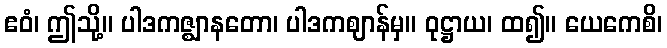
ဧဝံ၊ ဤသို့။ ပါဒကဇ္ဈာနတော၊ ပါဒကဈာန်မှ။ ဝုဋ္ဌာယ၊ ထ၍။ ယေကေစိ၊